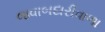
જવાબદારીવાળા